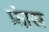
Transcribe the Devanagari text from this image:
फ्रा़ंस